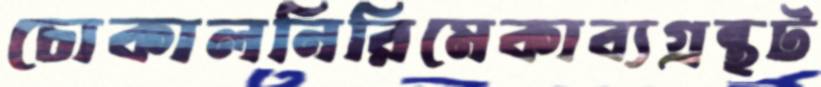
চোকালনিরিমেকাব্যগ্রন্থট